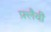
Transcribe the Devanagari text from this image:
फ़्लैवी